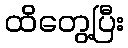
ထိတွေ့ပြီး